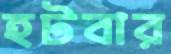
হটবার